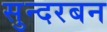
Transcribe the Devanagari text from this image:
सुन्दरबन